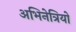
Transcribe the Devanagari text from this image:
अभिनेत्रियो